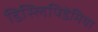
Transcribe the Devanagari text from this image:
डिस्लिपिडेमिया